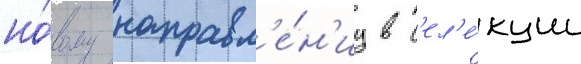
но́вому направл'е́н'иу в с'ел'е́кции